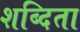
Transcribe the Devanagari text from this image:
शब्दिता